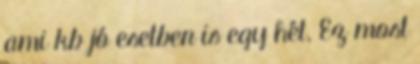
ami kb jó esetben is egy hét. Ez most